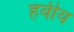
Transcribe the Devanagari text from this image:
हवीय